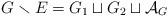
LaTeX: \begin{align*}G \smallsetminus E = G_1 \sqcup G_2 \sqcup \mathcal{A}_G\end{align*}